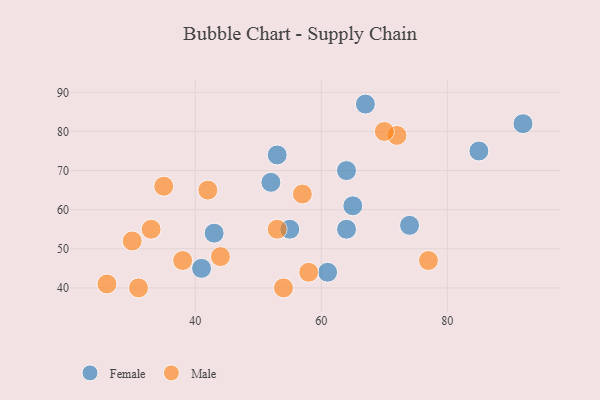
{"axis": {"x": "GDP", "y": "Life Expectancy"}, "legend": ["Female", "Male"], "data": [{"x": "74", "y": 56, "type": "Female"}, {"x": "65", "y": 61, "type": "Female"}, {"x": "53", "y": 74, "type": "Female"}, {"x": "43", "y": 54, "type": "Female"}, {"x": "92", "y": 82, "type": "Female"}, {"x": "52", "y": 67, "type": "Female"}, {"x": "55", "y": 55, "type": "Female"}, {"x": "85", "y": 75, "type": "Female"}, {"x": "67", "y": 87, "type": "Female"}, {"x": "64", "y": 70, "type": "Female"}, {"x": "41", "y": 45, "type": "Female"}, {"x": "64", "y": 55, "type": "Female"}, {"x": "61", "y": 44, "type": "Female"}, {"x": "54", "y": 40, "type": "Male"}, {"x": "72", "y": 79, "type": "Male"}, {"x": "57", "y": 64, "type": "Male"}, {"x": "58", "y": 44, "type": "Male"}, {"x": "38", "y": 47, "type": "Male"}, {"x": "53", "y": 55, "type": "Male"}, {"x": "26", "y": 41, "type": "Male"}, {"x": "33", "y": 55, "type": "Male"}, {"x": "42", "y": 65, "type": "Male"}, {"x": "70", "y": 80, "type": "Male"}, {"x": "44", "y": 48, "type": "Male"}, {"x": "77", "y": 47, "type": "Male"}, {"x": "35", "y": 66, "type": "Male"}, {"x": "30", "y": 52, "type": "Male"}, {"x": "31", "y": 40, "type": "Male"}]}